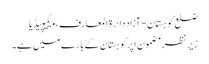
ضلع کوہستان - آزاد دائرۃ المعارف، ویکیپیڈیا
زیر نظر مضمون اپرکوہستان کے بارے میں ہے۔